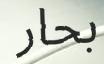
بحار